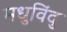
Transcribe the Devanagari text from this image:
मधुविंदु